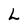
Character: L